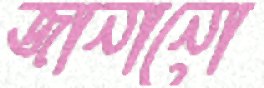
জানানো